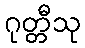
ဂုတ္တီသု